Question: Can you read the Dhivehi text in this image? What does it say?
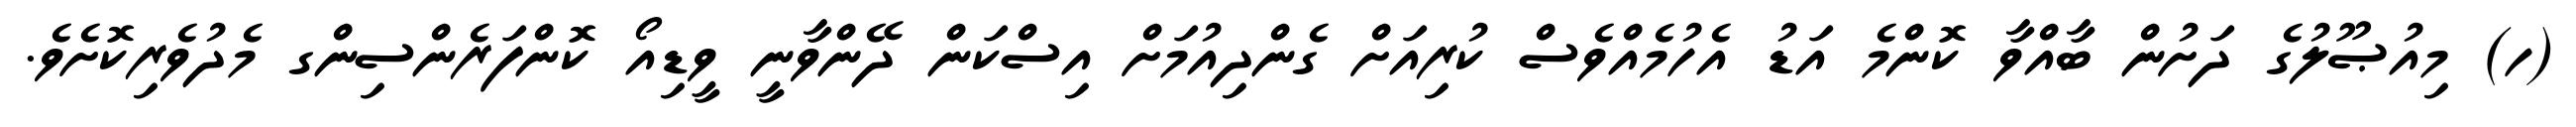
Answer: (ހ) މިއުޞޫލުގެ ދަށުން ބާއްވާ ކޮންމެ އަޑު އެހުމެއްވެސް ކުރިއަށް ގެންދިއުމަށް އިސްކަން ދޭންވާނީ ވީޑިއޯ ކޮންފަރެންސިންގ މެދުވެރިކޮށެވެ.